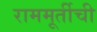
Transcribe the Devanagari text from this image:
राममूर्तीची